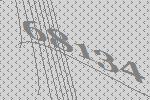
68134